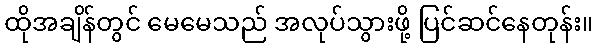
ထိုအချိန်တွင် မေမေသည် အလုပ်သွားဖို့ ပြင်ဆင်နေတုန်း။